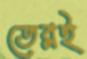
তেরই